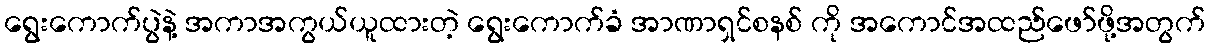
ရွေးကောက်ပွဲနဲ့ အကာအကွယ်ယူထားတဲ့ ရွေးကောက်ခံ အာဏာရှင်စနစ် ကို အကောင်အထည်ဖော်ဖို့အတွက်